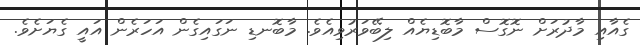
ގެއާއި މާދުރަށް ނޮގޮސް މާބޮޑިޔެއް ލިބޭވަރުވިއެވެ. މާބޮނޑި ނަގައިގެން އަހަރެން އައީ ގެޔަށެވެ.